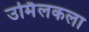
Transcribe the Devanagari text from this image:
उर्मिलकला